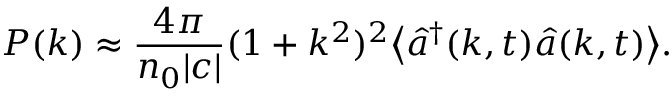
P ( k ) \approx \frac { 4 \pi } { n _ { 0 } | c | } ( 1 + k ^ { 2 } ) ^ { 2 } \big < \hat { a } ^ { \dagger } ( k , t ) \hat { a } ( k , t ) \big > .